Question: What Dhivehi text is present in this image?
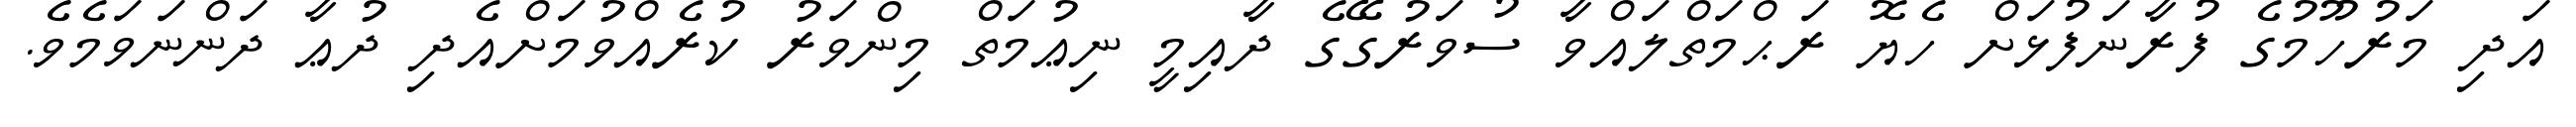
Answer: އަދި މަރުހޫމުގެ ފުރާނަފުޅަށް ހެޔޮ ރަޙްމަތްލައްވާ ސުވަރުގޭގެ ދާއިމީ ނިޢުމަތް މިންވަރު ކުރެއްވުމަށްއެދި ދުޢާ ދަންނަވަމެވެ.